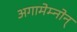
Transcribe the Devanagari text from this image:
अगामेम्नोन्